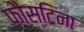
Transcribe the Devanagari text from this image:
फौस्टिना